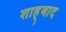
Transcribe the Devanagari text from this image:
शाह्बाद